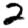
Digit: 2